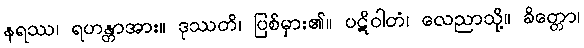
နရဿ၊ ရဟန္တာအား။ ဒုဿတိ၊ ပြစ်မှား၏။ ပဋိဝါတံ၊ လေညာသို့။ ခိတ္တော၊